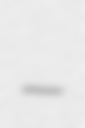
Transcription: –